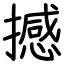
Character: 撼